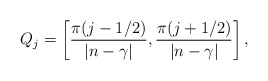
\begin{align*}\ Q_j=\left[\frac{\pi(j-1/2)}{|n-\gamma|},\frac{\pi(j+1/2)}{|n-\gamma|}\right], \end{align*}